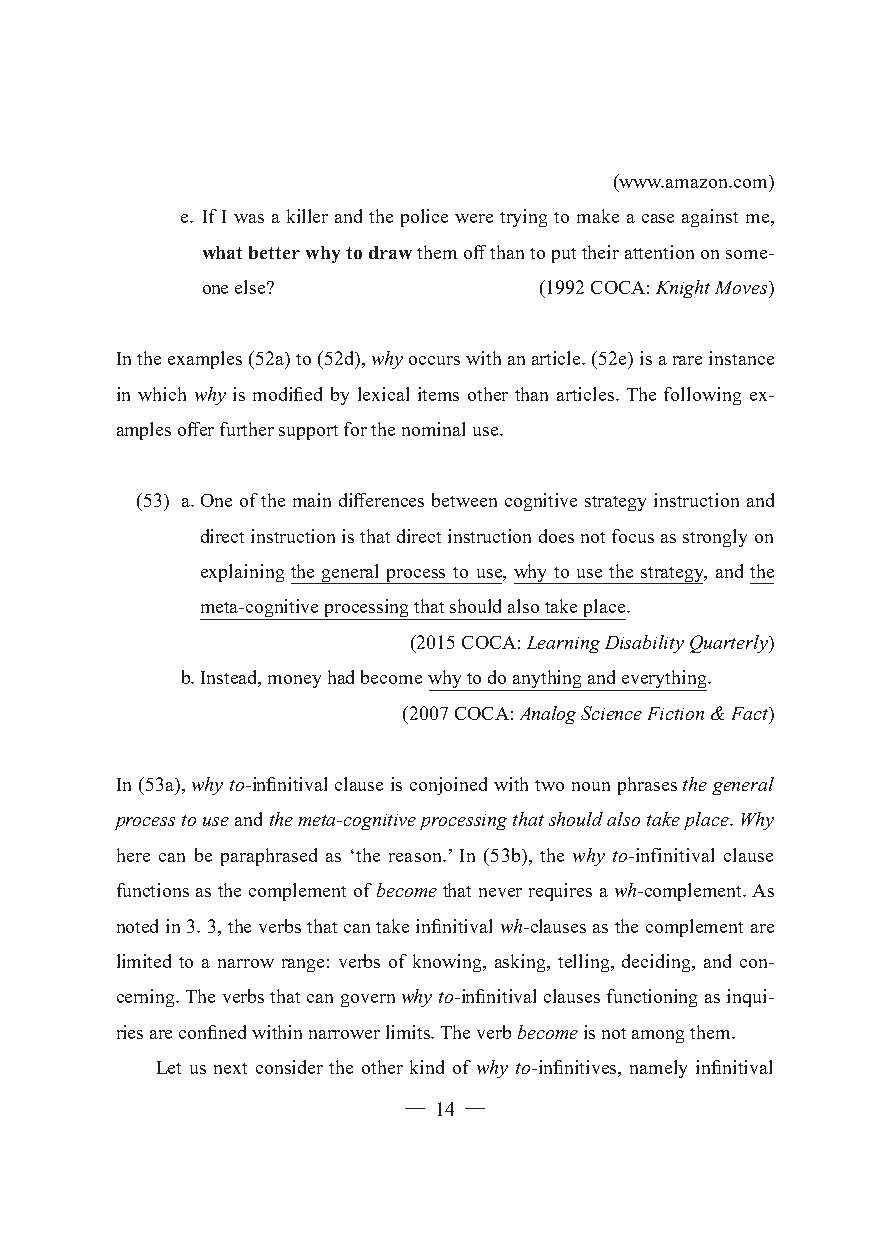
(www.amazon.com)
 e. If I was a killer and the police were trying to make a case against me,
 what better why to draw them off than to put their attention on some-
 one else?              (1992 COCA: Knight Moves)
 In the examples (52a) to (52d), why occurs with an article. (52e) is a rare instance
 in which why is modified by lexical items other than articles. The following ex-
 amples offer further support for the nominal use.
 (53) a. One of the main differences between cognitive strategy instruction and
 direct instruction is that direct instruction does not focus as strongly on
 explaining the general process to use, why to use the strategy, and the
 meta-cognitive processing that should also take place.
 (2015 COCA: Learning Disability Quarterly)
 b. Instead, money had become why to do anything and everything.
 (2007 COCA: Analog Science Fiction & Fact)
 In (53a), why to-infinitival clause is conjoined with two noun phrases the general
 process to use and the meta-cognitive processing that should also take place. Why
 here can be paraphrased as ‘the reason.’ In (53b), the why to-infinitival clause
 functions as the complement of become that never requires a wh-complement. As
 noted in 3. 3, the verbs that can take infinitival wh-clauses as the complement are
 limited to a narrow range: verbs of knowing, asking, telling, deciding, and con-
 cerning. The verbs that can govern why to-infinitival clauses functioning as inqui-
 ries are confined within narrower limits. The verb become is not among them.
 Let us next consider the other kind of why to-infinitives, namely infinitival
 ─ 14 ─